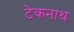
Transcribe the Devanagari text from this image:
टेकनाथ